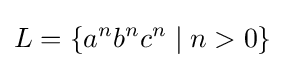
L=\{a^{n}b^{n}c^{n}\mid n>0\}